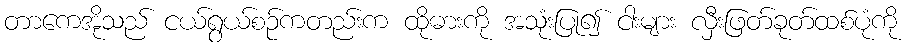
တာကေအိုသည် ငယ်ရွယ်စဉ်ကတည်းက ထိုဓားကို အသုံးပြု၍ ငါးများ လှီးဖြတ်ခုတ်ထစ်ပုံကို